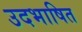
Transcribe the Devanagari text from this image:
उदभाषित